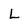
Character: L